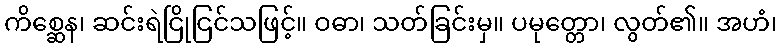
ကိစ္ဆေန၊ ဆင်းရဲငြိုငြင်သဖြင့်။ ဝဓာ၊ သတ်ခြင်းမှ။ ပမုတ္တော၊ လွတ်၏။ အဟံ၊